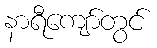
နာရီကျော်တွင်